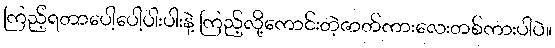
ကြည့်ရတာပေါ့ပေါ့ပါးပါးနဲ့ ကြည့်လို့ကောင်းတဲ့ဇာတ်ကားလေးတစ်ကားပါပဲ။